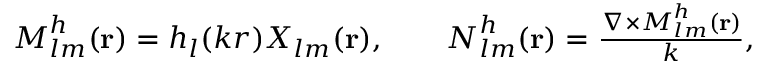
\begin{array} { r } { { \boldsymbol { M } } _ { l m } ^ { h } ( { \bf r } ) = h _ { l } ( k r ) \boldsymbol { X } _ { l m } ( { \bf r } ) , \qquad { \boldsymbol { N } } _ { l m } ^ { h } ( { \bf r } ) = \frac { \boldsymbol { \nabla } \times { \boldsymbol { M } } _ { l m } ^ { h } ( { \bf r } ) } { k } , } \end{array}